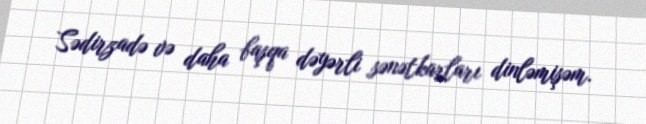
Sədirzadə və daha başqa dəyərli sənətkarları dinləmişəm.